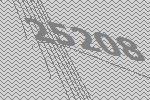
25208